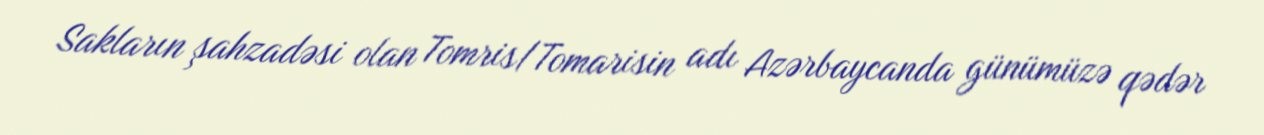
Sakların şahzadəsi olan Tomris/Tomarisin adı Azərbaycanda günümüzə qədər